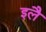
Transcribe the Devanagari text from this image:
इलै